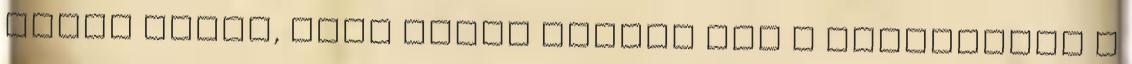
mások írják, vagy mások hozzák meg a döntéseket a